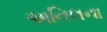
અનિલના